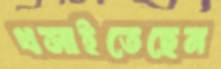
খসাইতেছেন